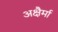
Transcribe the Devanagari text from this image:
अक्षैर्मा